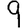
Digit: 9